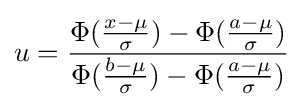
u={\frac {\Phi ({\frac {x-\mu }{\sigma }})-\Phi ({\frac {a-\mu }{\sigma }})}{\Phi ({\frac {b-\mu }{\sigma }})-\Phi ({\frac {a-\mu }{\sigma }})}}